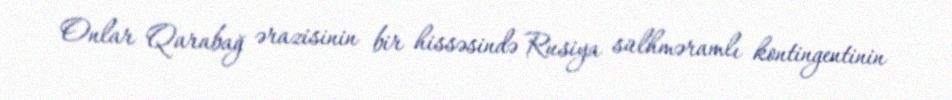
Onlar Qarabağ ərazisinin bir hissəsində Rusiya sülhməramlı kontingentinin